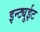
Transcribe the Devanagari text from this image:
इन्ट्युईट